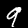
Label: 9